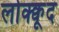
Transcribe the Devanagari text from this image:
लोक्क्वूद